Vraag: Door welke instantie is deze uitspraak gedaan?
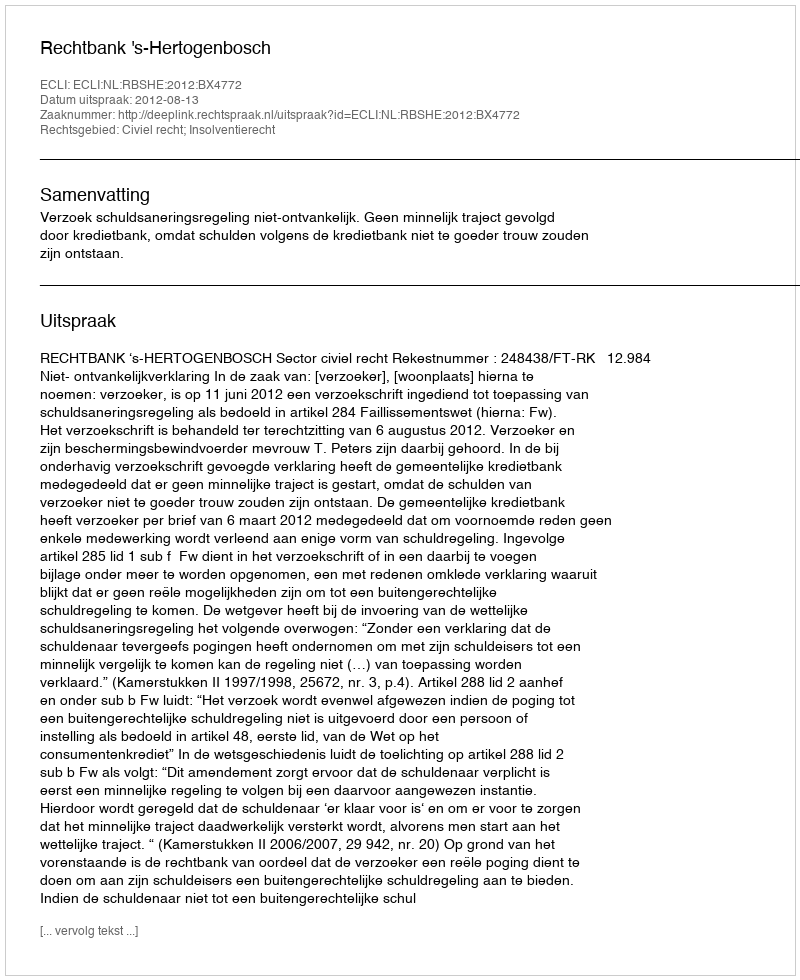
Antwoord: Rechtbank 's-Hertogenbosch